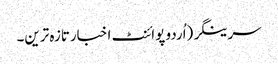
سرینگر(اُردو پوائنٹ اخبارتازہ ترین۔